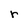
Character: r